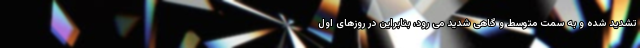
تشدید شده و به سمت متوسط و گاهی شدید می رود، بنابراین در روزهای اول